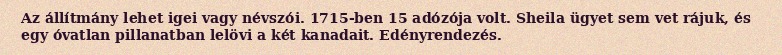
Az állítmány lehet igei vagy névszói. 1715-ben 15 adózója volt. Sheila ügyet sem vet rájuk, és egy óvatlan pillanatban lelövi a két kanadait. Edényrendezés.